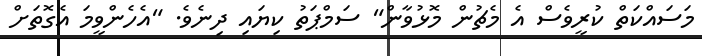
މަސައްކަތް ކުރީވެސް އެ މެޗުން މޮޅުވާން" ސަމްޕަތު ކިޔައި ދިނެވެ. "އެހެންވީމަ އެގޮތަށް